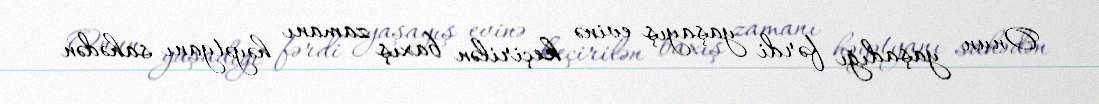
Onun yaşadığı fərdi yaşayış evinə keçirilən baxış zamanı həyətyanı sahədən